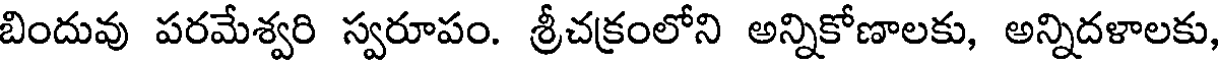
బిందువు పరమేశ్వరి స్వరూపం. శ్రీచక్రంలోని అన్నికోణాలకు, అన్నిదళాలకు,